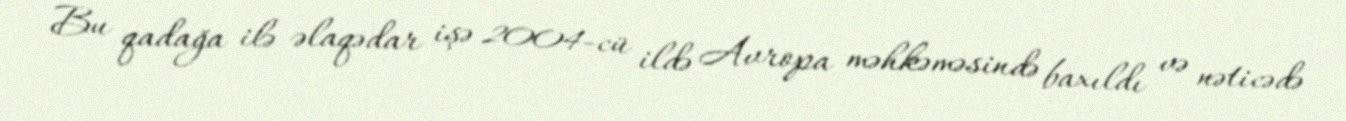
Bu qadağa ilə əlaqədar işə 2004-cü ildə Avropa məhkəməsində baxıldı və nəticədə